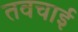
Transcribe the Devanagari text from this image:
तवचाई